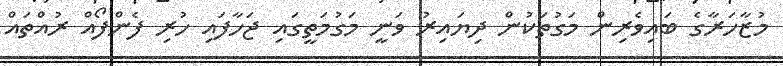
މުޒާހަރާގެ ބައިވެރިން މަގުތަކުން ދިޔައިރު ވަނީ މަގުމަތީގައި ޖަހާފައި ހުރި ފެންފޯއް ރުއްތައް